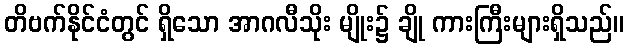
တိဗက်နိုင်ငံတွင် ရှိသော အာဂလီသိုး မျိုး၌ ချို ကားကြီးများရှိသည်။